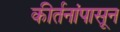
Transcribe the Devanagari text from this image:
कीर्तनांपासून